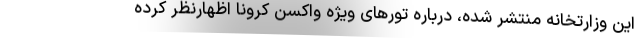
این وزارتخانه منتشر شده، درباره تورهای ویژه واکسن کرونا اظهارنظر کرده